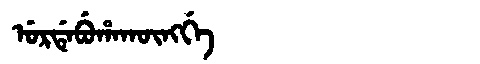
Manchu: ᡠᡵᡩᡝᠪᡠᡥᠠᡴᡡᠩᡤᡝ
Romanization: URDEBUHAKŪNGGE